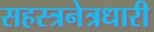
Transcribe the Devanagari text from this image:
सहस्त्रनेत्रधारी